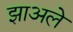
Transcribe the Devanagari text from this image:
झाअले